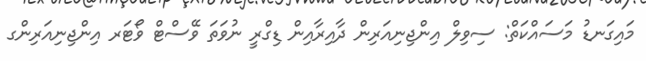
މައިގަނޑު މަސައްކަތް: ސިވިލް އިންޖިނިއަރިން ދާއިރާއިން ޑިގްރީ ނުވަތަ ވޭސްޓް ވޯޓަރ އިންޖިނިއަރިންގ